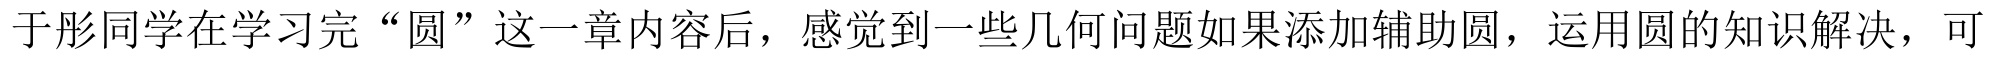
于彤同学在学习完“圆”这一章内容后，感觉到一些几何问题如果添加辅助圆，运用圆的知识解决，可